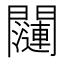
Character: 𬮖